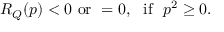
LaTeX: R _ { Q } ( p ) < 0 \ \mathrm { o r } \ = 0 , \ \ \mathrm { i f } \ \ p ^ { 2 } \geq 0 .